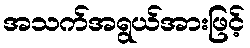
အသက်အရွယ်အားဖြင့်